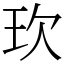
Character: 㺵